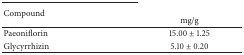
<table><thead><tr><td rowspan="2"><b>Compound</b></td><td>[EMPTY_CELL]</td></tr><tr><td><b>mg/g</b></td></tr></thead><tbody><tr><td>Paeoniflorin</td><td>15.00 ± 1.25</td></tr><tr><td>Glycyrrhizin</td><td>5.10 ± 0.20</td></tr></tbody></table>